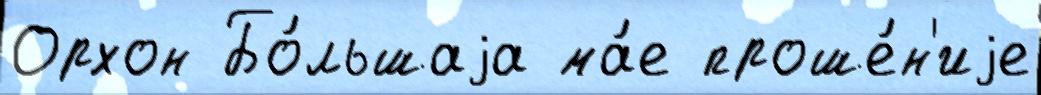
Орхон Бо́льшаjа ма́е проше́н'иjе